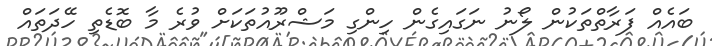
ބައެއް ފަރާތްތަކުން ލޯނު ނަގައިގެން ހިންގި މަޝްރޫއުތަކަށް ވުރެ މާ ބޮޑެތި ހޭދަތައް